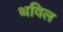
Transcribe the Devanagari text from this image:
थविल